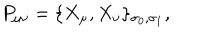
P _ { \mu \nu } = \{ X _ { \mu } , X _ { \nu } \} _ { \sigma _ { 0 } , \sigma _ { 1 } } ,